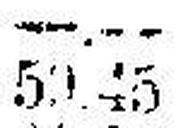
50.45